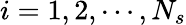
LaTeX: i=1,2,\cdots,N_{s}